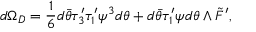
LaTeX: d \Omega _ { D } = \frac { 1 } { 6 } d \bar { \theta } \tau _ { 3 } ^ { \prime } \tau _ { 1 } ^ { \prime } \psi ^ { 3 } d \theta + d \bar { \theta } \tau _ { 1 } ^ { \prime } \psi d \theta \wedge \tilde { \cal F } ^ { \prime } ,